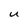
Character: u